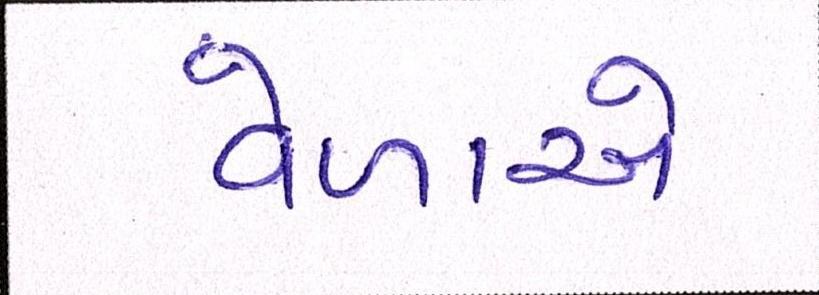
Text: વેળાએ